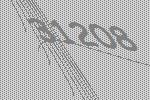
31208